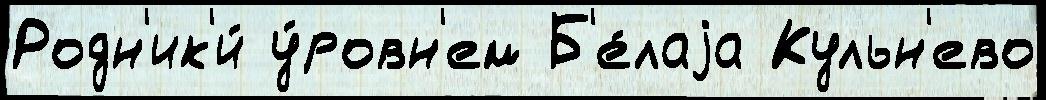
Родн'ик'и́ у́ровн'ем Б'е́лаjа Кульн'ево